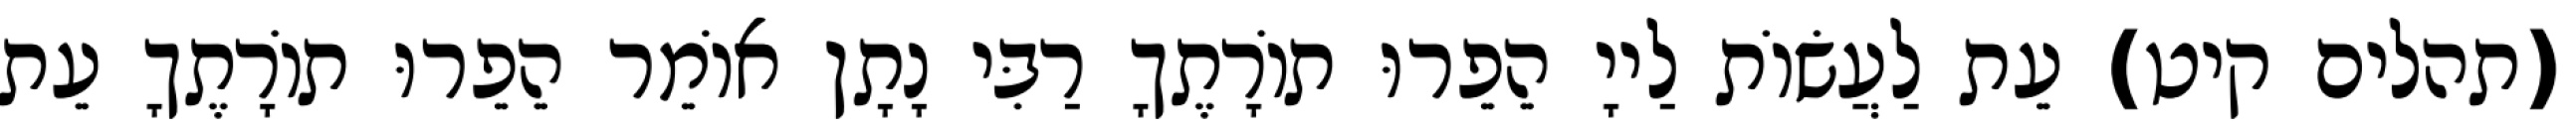
(תהלים קיט) עֵת לַעֲשׂוֹת לַייָ הֵפֵרוּ תוֹרָתֶךָ רַבִּי נָתָן אוֹמֵר הֵפֵרוּ תוֹרָתֶךָ עֵת